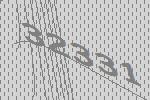
32331